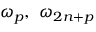
\omega _ { p } , ~ { \omega _ { 2 n + p } }